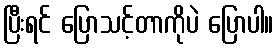
ပြီးရင် ပြောသင့်တာကိုပဲ ပြောပါ။